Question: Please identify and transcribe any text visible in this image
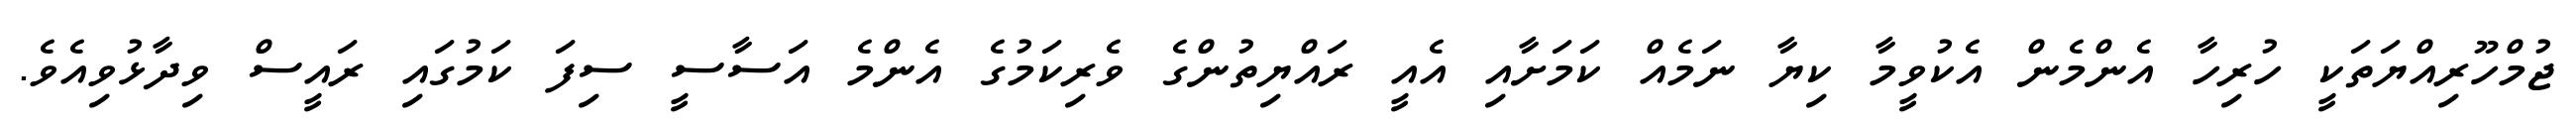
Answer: ޖުމްހޫރިއްޔަތަކީ ހުރިހާ އެންމެން އެކުވީމާ ކިޔާ ނަމެއް ކަމަށާއި އެއީ ރައްޔިތުންގެ ވެރިކަމުގެ އެންމެ އަސާސީ ސިފަ ކަމުގައި ރައީސް ވިދާޅުވިއެވެ.